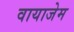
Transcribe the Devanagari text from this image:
वायाजेम